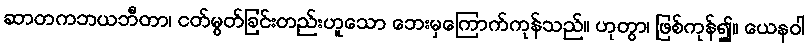
ဆာတကဘယဘီတာ၊ ငတ်မွတ်ခြင်းတည်းဟူသော ဘေးမှကြောက်ကုန်သည်။ ဟုတွာ၊ ဖြစ်ကုန်၍။ ယေနဝါ